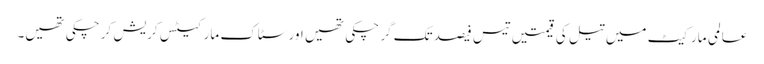
عالمی مارکیٹ میں تیل کی قیمتیں تیس فیصد تک گر چکی تھیں اور سٹاک مارکیٹس کریش کر چکی تھیں۔